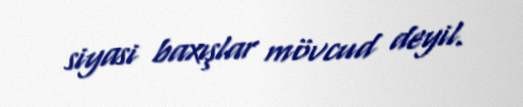
siyasi baxışlar mövcud deyil.